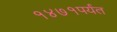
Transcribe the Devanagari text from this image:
१४७१पर्यंत